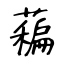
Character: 藊